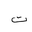
Letter: _ta